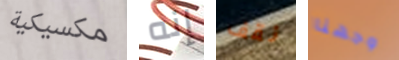
مكسيكية إنه نقف وجهنا